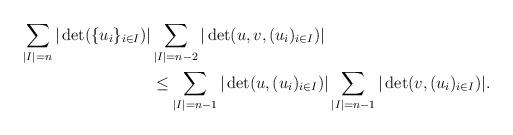
LaTeX: \begin{align*}\sum_{|I|=n}|\det(\{u_i\}_{i\in I})| &\sum_{|I|=n-2}|\det(u,v,(u_i)_{i\in I})|\\& \le \sum_{|I|=n-1}|\det(u,(u_i)_{i\in I})|\sum_{|I|=n-1}|\det(v,(u_i)_{i\in I})|.\end{align*}